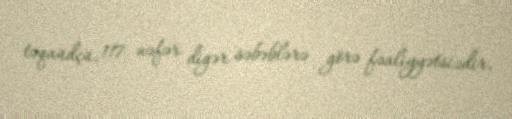
təqaüdçü, 117 nəfər digər səbəblərə görə fəaliyyətsizdir.